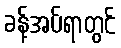
ခန့်အပ်ရာတွင်